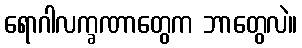
ရောဂါလက္ခဏာတွေက ဘာတွေလဲ။